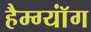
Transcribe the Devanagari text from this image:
हैम्ग्यॉंग